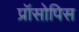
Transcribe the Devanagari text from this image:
प्रॉसोपिस